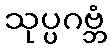
သုပ္ပဂဗ္ဘံ